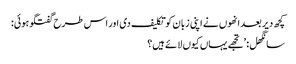
کچھ دیر بعد انھوں نے اپنی زبان کو تکلیف دی اور اس طرح گفتگو ہوئی:
سانگھل: ’تجھے یہاں کیوں لائے ہیں؟